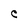
Character: e